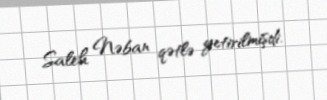
Saleh Nəban qətlə yetirilmişdi.